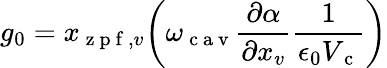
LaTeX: g_{0}={x_{\mathrm{~z~p~f~},v}}\bigg(\omega_{\mathrm{~c~a~v~}}\frac{\partial\alpha}{\partial x_{v}}\frac{1}{\epsilon_{0}V_{\mathrm{~c~}}}\bigg)